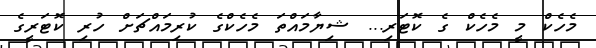
މެހެކް މީ މެހެކް ގެ ކޮޓަރި... ޝިޔާމައްތަ މެހެކްގެ ކުރިމައްޗަށް ހުރި ކޮޓަރީގެ